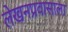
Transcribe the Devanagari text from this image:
लेखनप्रवासाला